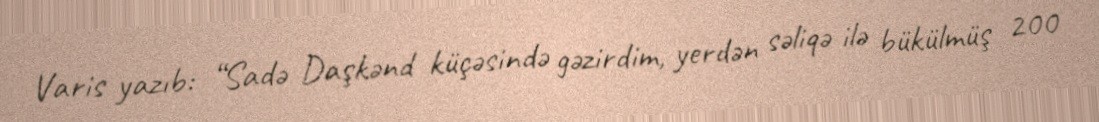
Varis yazıb: “Sadə Daşkənd küçəsində gəzirdim, yerdən səliqə ilə bükülmüş 200